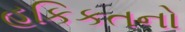
હકિકતનો